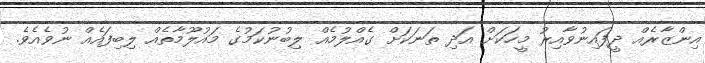
އިންޒާރެއް ދީފައިނުވާއިރު މީހަކަށް އަދި ތަނަކަށް ގެއްލުމެއް ލިބުނުކަމުގެ މައުލޫމާތެއް ލިބިފައެއް ނުވެއެވެ.